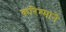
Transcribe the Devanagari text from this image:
करिश्माने